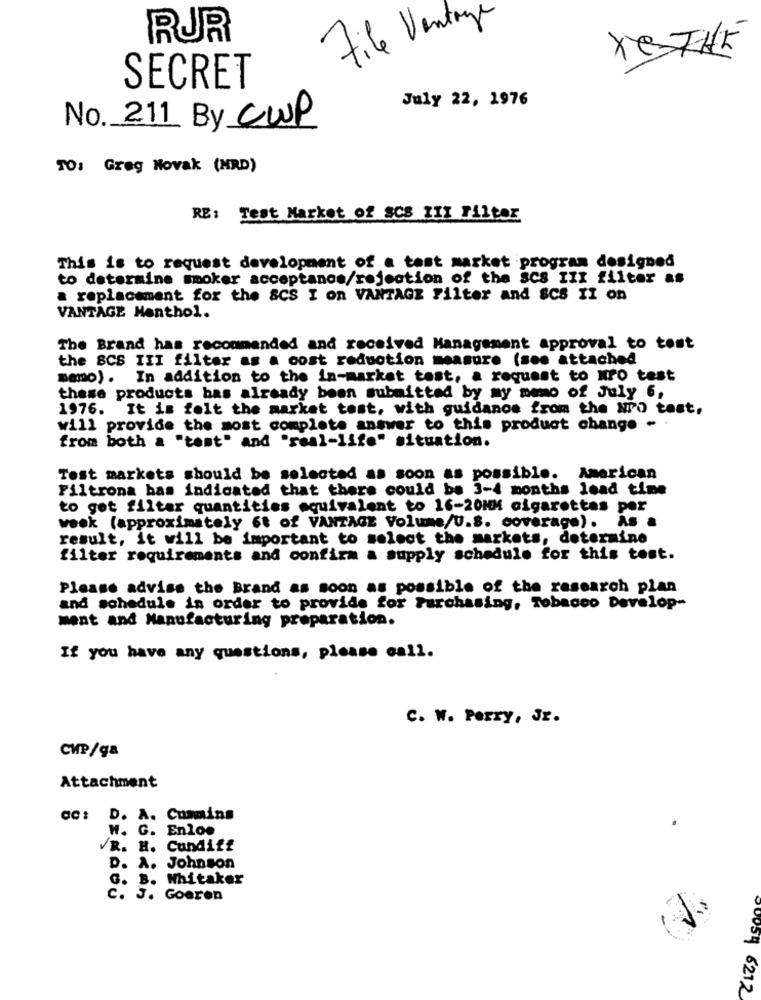
File Vente
RUR
SECRET
July 22, 1976
No. 211 By CWP
TO: Greg Novak (NRD)
RE: Test Market of scs III Filter
This is to request development of a test market program designed
to determine smoker acceptance/rejection of the SCS III filter as
a replacement for the SCS I on VANTAGE Filter and SCS II on
VANTAGE Menthol.
The Brand has recommended and received Management approval to test
the BCS III filter as a cost reduction measure (see attached
mamo). In addition to the in-market test, a request to NPO test
these products has already been submitted by my memo of July 6,
1976. It is felt the market tost, with guidanos from the Nro tost,
will provide the most complete answer to this product change -
from both a "test" and "real-life" situation.
Test markets should be selected as soon as possible. American
Filtrona bas indicated that there could be 3-4 months lead time
to get filter quantities equivalent to 16-20NM cigarettes per
week (approximately 6t of VANTAGE Volume/U.S. coverage). As a
result, it will be important to select the markets, determine
filter requirements and confirm a supply schedule for this tost.
Please advise the Brand as soon as possible of the research plan
and schedule in order to provide for Purchasing, Tobacco Develop-
ment and Manufacturing preparation.
If you have any questions, please call.
C. W. Perry, Jr.
CHP/ga
Attachment
cc: D. A. Cummins
W. G. Enloo
VR. H. Cundiff
D. A. Johnson
G. B. Whitaker
.J. Goeren
90054 6212